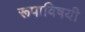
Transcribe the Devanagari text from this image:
रूपाविषयी